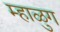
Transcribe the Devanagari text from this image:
म्हाळुग